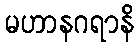
မဟာနဂရာနိ